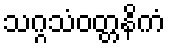
သဂ္ဂသံဝတ္တနိကံ